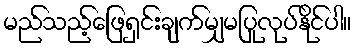
မည်သည့်ဖြေရှင်းချက်မျှမပြုလုပ်နိုင်ပါ။